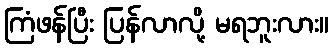
ကြံဖန်ပြီး ပြန်လာလို့ မရဘူးလား။